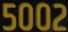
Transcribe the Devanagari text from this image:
५००२